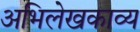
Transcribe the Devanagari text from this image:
अभिलेखकाव्य